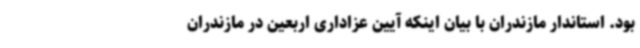
بود. استاندار مازندران با بیان اینکه آیین عزاداری اربعین در مازندران